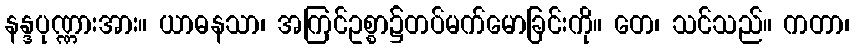
နန္ဒပုဏ္ဏားအား။ ယာဓနသာ၊ အကြင်ဥစ္စာ၌တပ်မက်မောခြင်းကို။ တေ၊ သင်သည်။ ကတာ၊